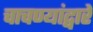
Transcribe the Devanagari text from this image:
चाचण्यांद्वारे